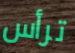
ترأس